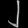
Digit: ၂